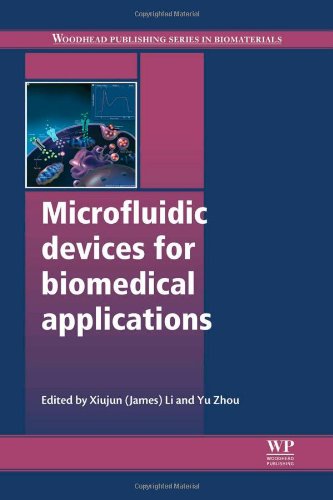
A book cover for Microfluidic Devices for Biomedical Applications (Woodhead Publishing Series in Biomaterials); Science & Math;